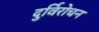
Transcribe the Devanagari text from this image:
दुर्विरोचन